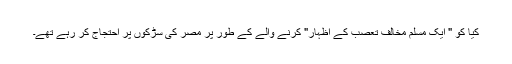
کیا کو " ایک مسلم مخالف تعصب کے اظہار" کرنے والے کے طور پر مصر کی سڑکوں پر احتجاج کر رہے تھے۔